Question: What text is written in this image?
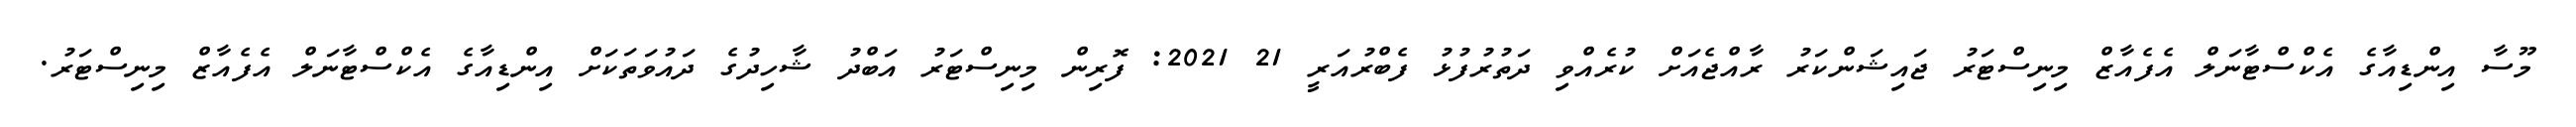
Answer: މޫސާ އިންޑިއާގެ އެކްސްޓާނަލް އެފެއާޒް މިނިސްޓަރު ޖައިޝަންކަރު ރާއްޖެއަށް ކުރެއްވި ދަތުރުފުޅު ފެބްރުއަރީ 21 2021: ފޮރިން މިނިސްޓަރު އަބްދު ޝާހިދުގެ ދައުވަތަކަށް އިންޑިއާގެ އެކްސްޓާނަލް އެފެއާޒް މިނިސްޓަރު.